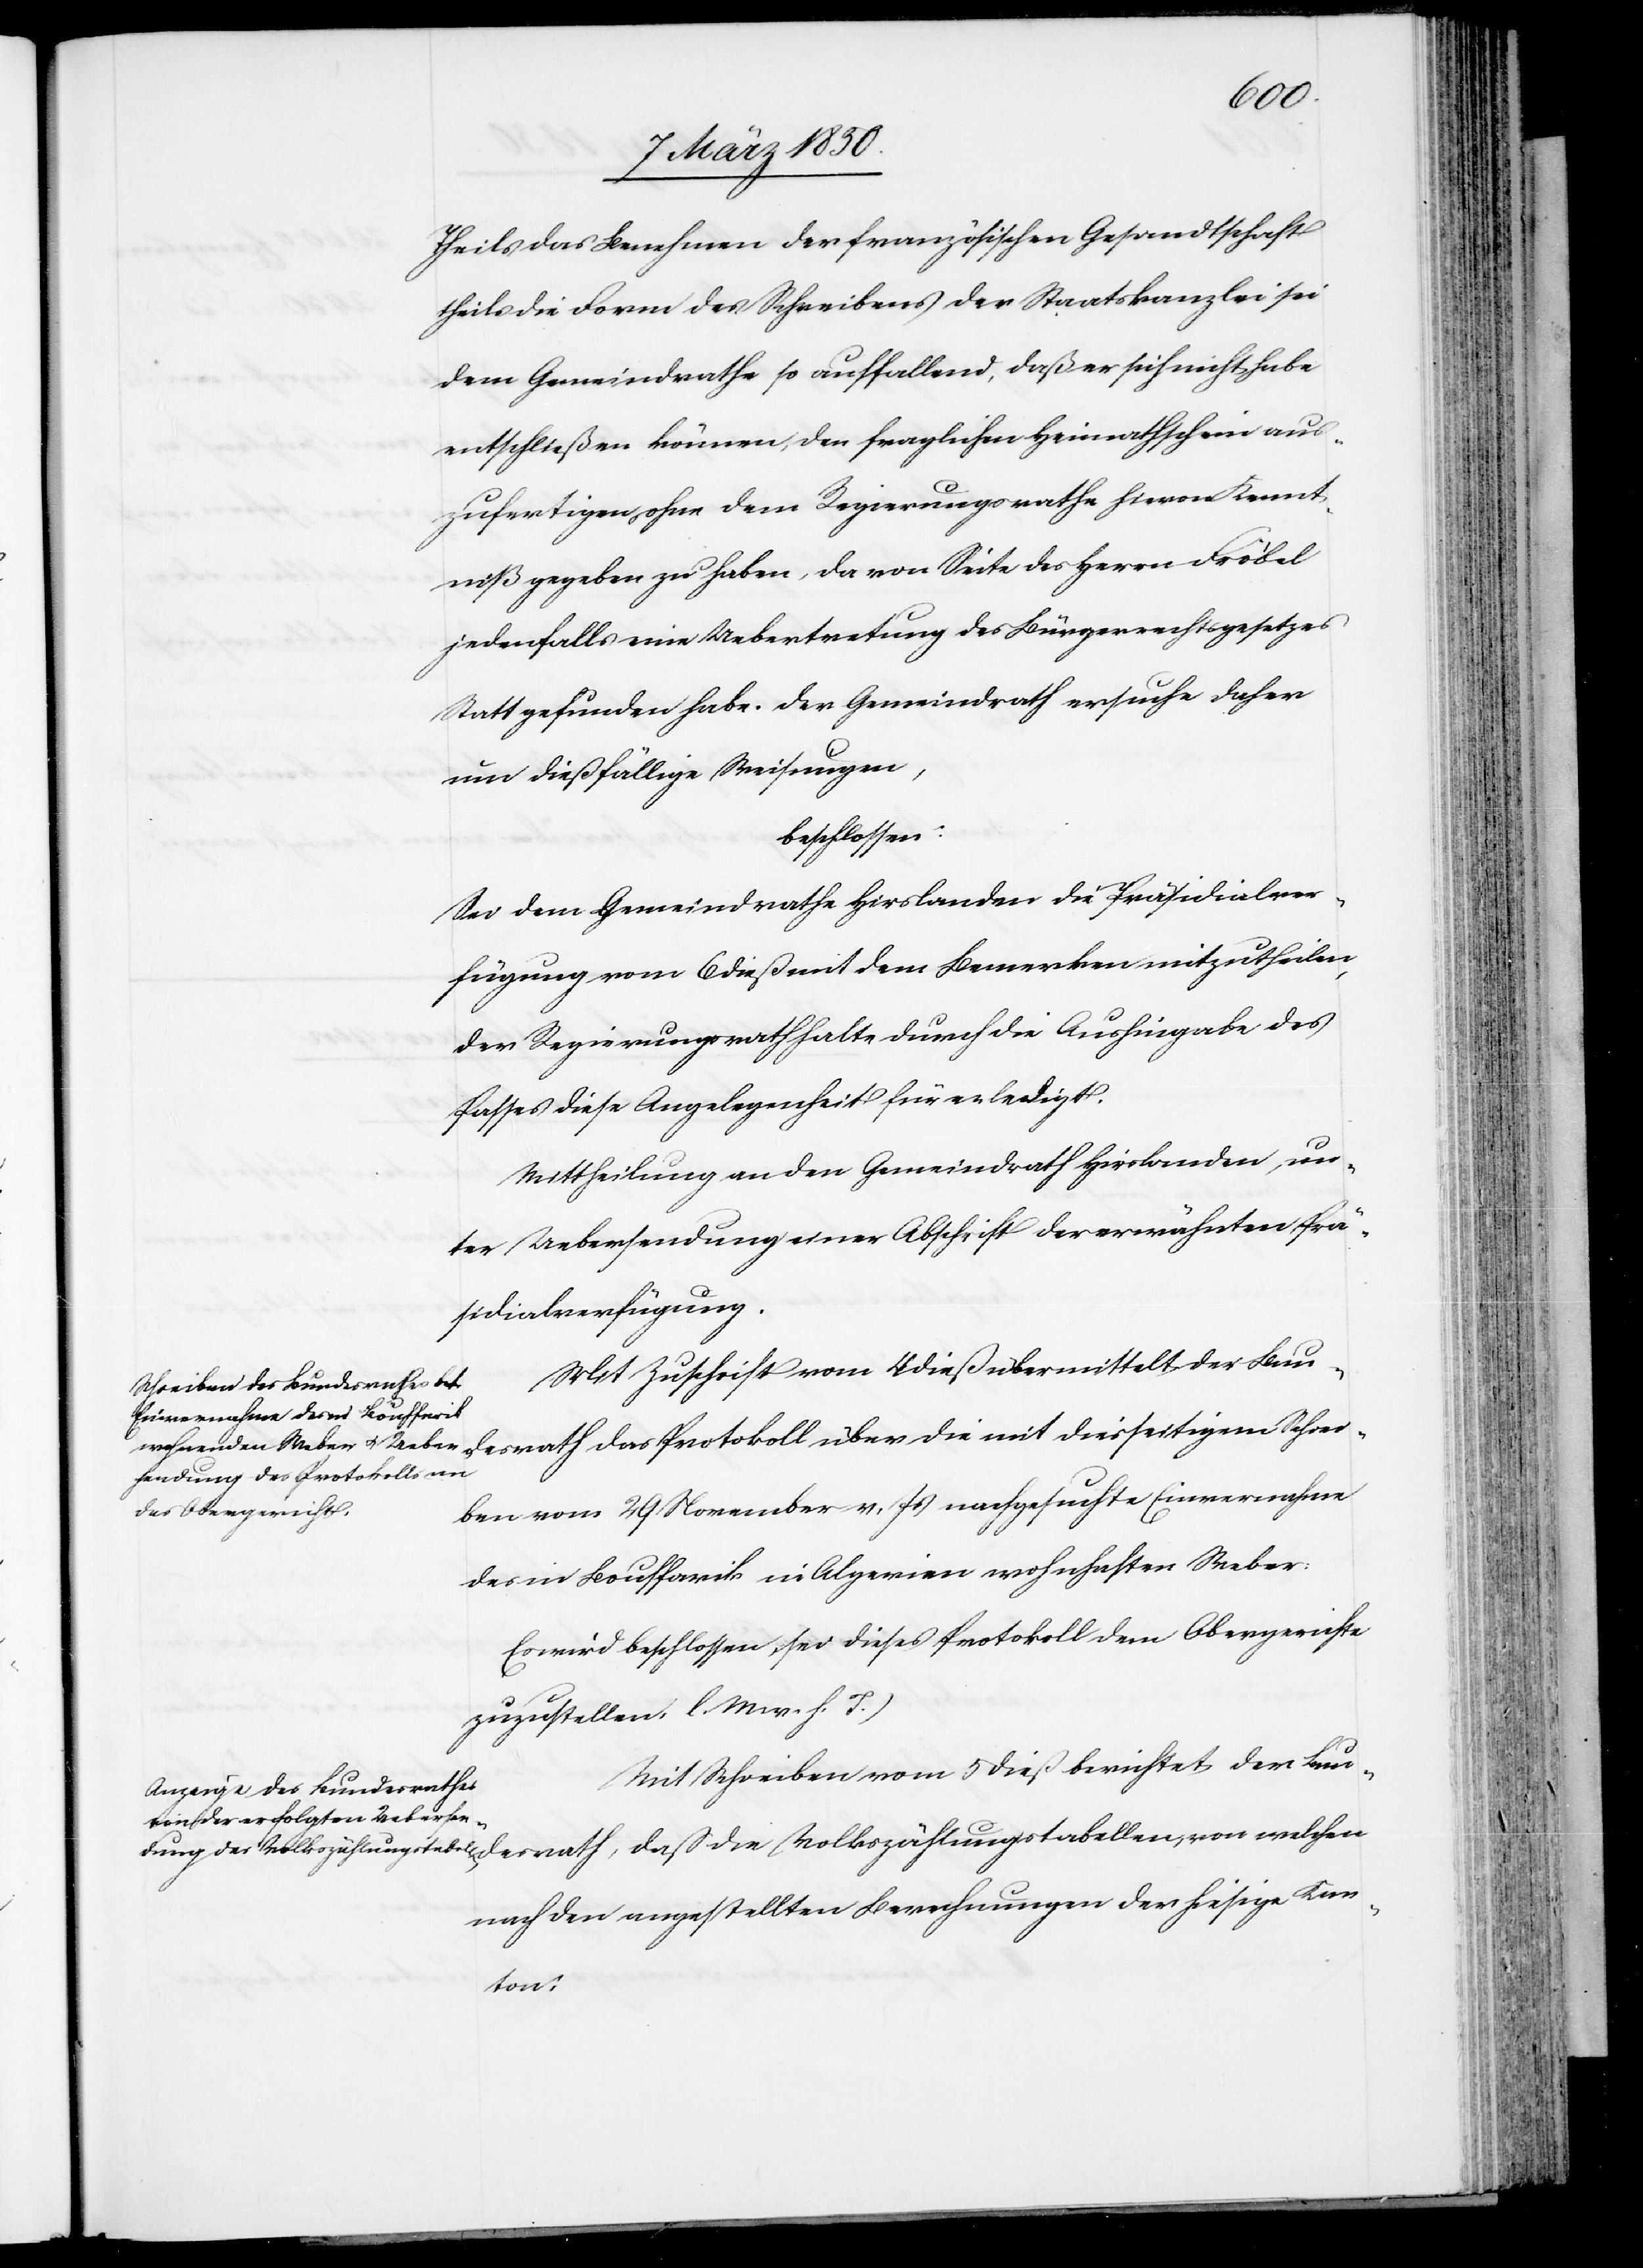
desrath,
Theils das Benehmen der französischen Gesandtschaft
theils die Form des Schreibens der Staatskanzlei sei
dem Gemeindrathe so auffallend, daß er sich nicht habe
entschließen können, den fraglichen Heimathschein aus¬
zufertigen, ohne dem Regierungsrathe hievon Kennt¬
niß gegeben zu haben, da von Seite des Herrn Fröbel
jedenfalls eine Uebertretung des Bürgerrechtsgesetzes
Statt gefunden habe. Der Gemeindrath ersuche daher
um dießfällige Weisungen,
beschlossen:
Sei dem Gemeindrathe Hirslanden die Präsidialver¬
fügung vom 6 dieß mit dem Bemerken mitzutheilen,
der Regierungsrath halte durch die Aushingabe des
Passes diese Angelegenheit für erledigt.
Mittheilung an den Gemeindrath Hirslanden, un¬
ter Uebersendung einer Abschrift der erwähnten Prä¬
sidialverfügung.
Mit Zuschrift vom 4 dieß übermittelt der Bunde¬
ben vom 29 November v. Js nachgesuchte Einvernahme
des in Louffarik in Algerien wohnhaften Weber.
Es wird beschlossen, sei dieses Protokoll dem Obergerichte
zuzustellen [(]l. M. v. h. T.)
Mit Schreiben vom 5 dieß berichtet der Bun¬
nach den angestellten Berechnungen der hiesige Kan¬
ton: